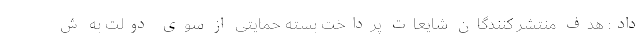
داد: هدف منتشر کنندگان شایعات پرداخت بسته حمایتی از سوی دولت به ش